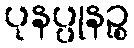
ပုနပ္ပုနဉ္စ